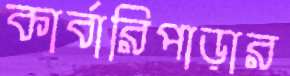
কার্বারিপাড়ার